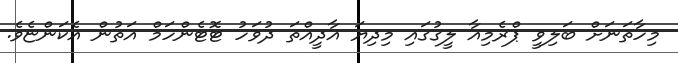
މިހާތަނަށް ބަލިވީ ޕްރެމިއާ ލީގުގައި މިދިޔަ އާދީއްތަ ދުވަހު ޓޮޓެންހަމް އަތުން އެކަންޏެވެ.